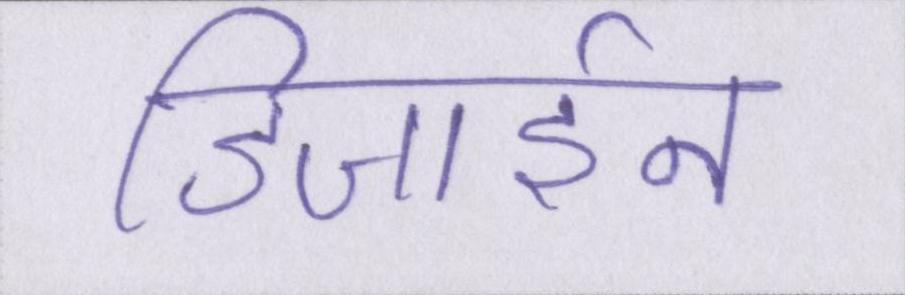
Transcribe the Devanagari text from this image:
डिजाईन